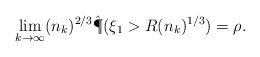
\begin{align*} \lim_{k \to \infty} (n_k)^{2/3}\hat{\P}(\xi_1 > R (n_k)^{1/3}) = \rho.\end{align*}